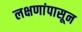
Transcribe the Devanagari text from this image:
लक्षणांपासून